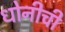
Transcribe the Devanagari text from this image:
धोनीची